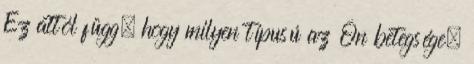
Ez attól függ, hogy milyen típusú az Ön betegsége,